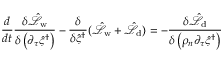
\frac { d } { d t } \frac { \delta \hat { \mathcal { L } } _ { \mathrm { w } } } { \delta \left( \partial _ { \tau } \hat { \varsigma } ^ { \dagger } \right) } - \frac { \delta } { \delta \hat { \varsigma } ^ { \dagger } } ( \hat { \mathcal { L } } _ { \mathrm { w } } + \hat { \mathcal { L } } _ { \mathrm { d } } ) = - \frac { \delta \hat { \mathcal { L } } _ { \mathrm { d } } } { \delta \left( \rho _ { n } \partial _ { \tau } \hat { \varsigma } ^ { \dagger } \right) }